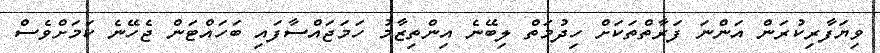
ވިޔަފާރިކުރަން އަންނަ ފަރާތްތަކަށް ހިދުމަތް ލިބޭނެ އިންތިޒާމު ހަމަޖައްސާފައި ބަހައްޓަން ޖެހޭނެ ކަމަށްވެސް